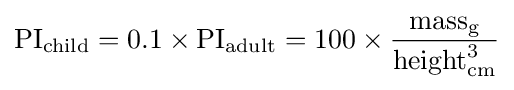
{\text{PI}}_{\text{child}}=0.1\times {\text{PI}}_{\text{adult}}=100\times {\dfrac {{\text{mass}}_{\text{g}}}{{\text{height}}_{\text{cm}}^{3}}}